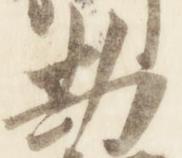
勘